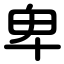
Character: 卑